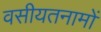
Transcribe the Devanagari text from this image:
वसीयतनामों